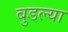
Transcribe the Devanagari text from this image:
बुडल्या